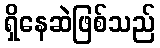
ရှိနေဆဲဖြစ်သည်